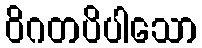
ဝိဂတပိပါသော